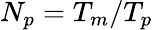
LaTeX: N_{p}=T_{m}/T_{p}